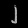
Digit: ၂